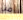
من